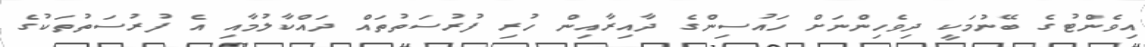
އިވެންޓުގެ ބޭނުމަކީ ދިވެހިންނަށް ހައުސިންގެ ދާއިރާއިން ހުރި ފުރުސަތުތައް ދައްކާލުމާއި އެ ފުރުސަތުތަކުގެ